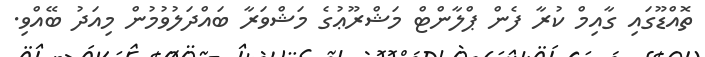
ތޮއްޑޫގައި ގާއިމް ކުރާ ފެން ޕްލާންޓް މަޝްރޫޢުގެ މަޝްވަރާ ބައްދަލުވުމުން މިއަދު ބޭއްވި.